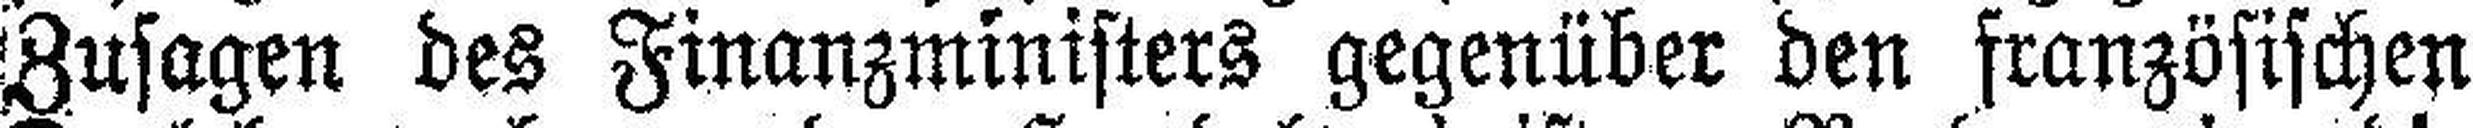
Zusagen des Finanzministers gegenüber den französischen